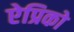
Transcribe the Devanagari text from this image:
ऐप्रिको